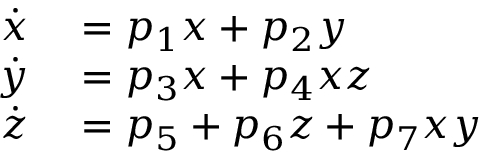
\begin{array} { r l } { \dot { x } } & { { } = p _ { 1 } x + p _ { 2 } y } \\ { \dot { y } } & { { } = p _ { 3 } x + p _ { 4 } x z } \\ { \dot { z } } & { { } = p _ { 5 } + p _ { 6 } z + p _ { 7 } x y } \end{array}